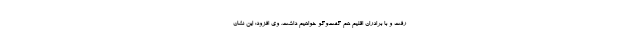
رفت و با برادران اقلیم هم گفت‌وگو خواهیم داشت. وی افزود: این نشان